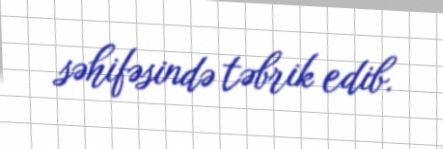
səhifəsində təbrik edib.